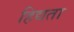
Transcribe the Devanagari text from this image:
हिद्यता